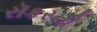
રૉકરની